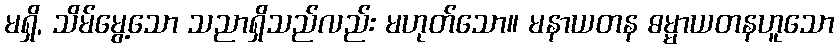
မရှိ, သိမ်မွေ့သော သညာရှိသည်လည်း မဟုတ်သော။ မနာယတန ဓမ္မာယတနဟူသော